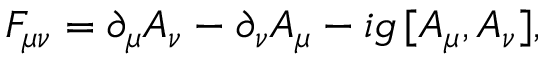
F _ { \mu \nu } = \partial _ { \mu } A _ { \nu } - \partial _ { \nu } A _ { \mu } - i g \, [ A _ { \mu } , A _ { \nu } ] ,